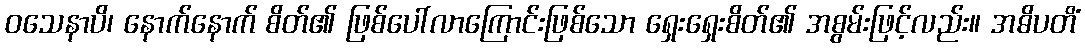
ဝသေနာပိ၊ နောက်နောက် စိတ်၏ ဖြစ်ပေါ်လာကြောင်းဖြစ်သော ရှေးရှေးစိတ်၏ အစွမ်းဖြင့်လည်း။ အဓိပတိံ